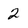
Character: 2